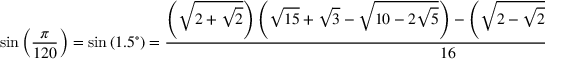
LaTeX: \sin \left( { \frac { \pi } { 1 2 0 } } \right) = \sin \left( 1 . 5 ^ { \circ } \right) = { \frac { \left( { \sqrt { 2 + { \sqrt { 2 } } } } \right) \left( { \sqrt { 1 5 } } + { \sqrt { 3 } } - { \sqrt { 1 0 - 2 { \sqrt { 5 } } } } \right) - \left( { \sqrt { 2 - { \sqrt { 2 } } } } \right) \left( { \sqrt { 3 0 - 6 { \sqrt { 5 } } } } + { \sqrt { 5 } } + 1 \right) } { 1 6 } }